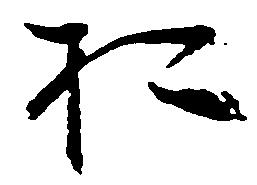
於